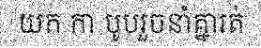
យក កា បូបរួចនាំគ្នារត់